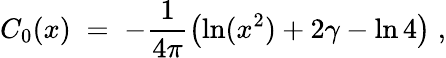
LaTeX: C_{0}(x)\; =\; -\frac{1}{4\pi}\left(\ln(x^{2})+2\gamma-\ln 4\right)\; ,